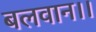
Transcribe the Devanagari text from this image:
बलवान।।